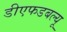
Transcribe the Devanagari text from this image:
डीएफडबल्‍यू